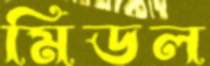
মিডল